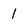
Character: 1